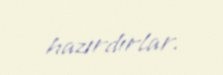
hazırdırlar.